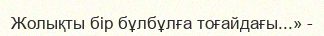
Жолықты бір бұлбұлға тоғайдағы...» -